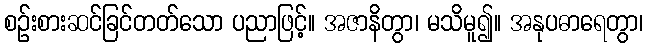
စဉ်းစားဆင်ခြင်တတ်သော ပညာဖြင့်။ အဇာနိတွာ၊ မသိမူ၍။ အနုပဓာရေတွာ၊